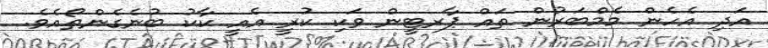
އަދި އެހެން މެމްބަރުން ތައް ޕާރޓީން ވަކި ކުރީ އެއީ ކާކު ބުނެގެންތޯއެވެ.